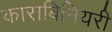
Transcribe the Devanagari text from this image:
काराबिनियरी